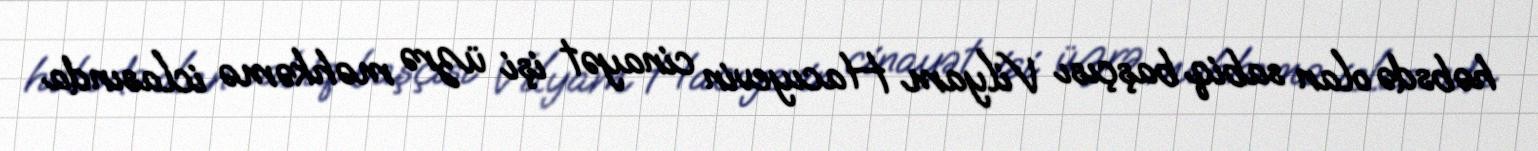
həbsdə olan sabiq başçısı Vilyam Hacıyevin cinayət işi üzrə məhkəmə iclasında